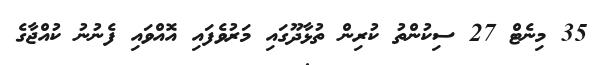
35 މިނެޓް 27 ސިކުންތު ކުރިން ތުޅާދޫގައި މަރުވެފައި އޮއްވައި ފެނުނު ކުއްޖާގެ